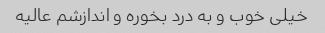
خیلی خوب و به درد بخوره و اندازشم عالیه